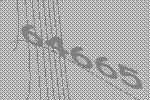
64665